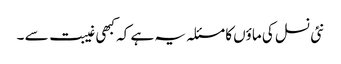
نئی نسل کی ماؤں کا مسئلہ یہ ہے کہ کبھی غیبت سے ۔